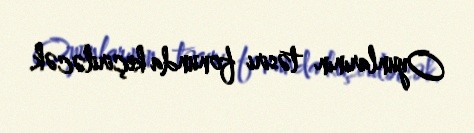
Oyunlarının təsiri fonunda keçiriləcək.